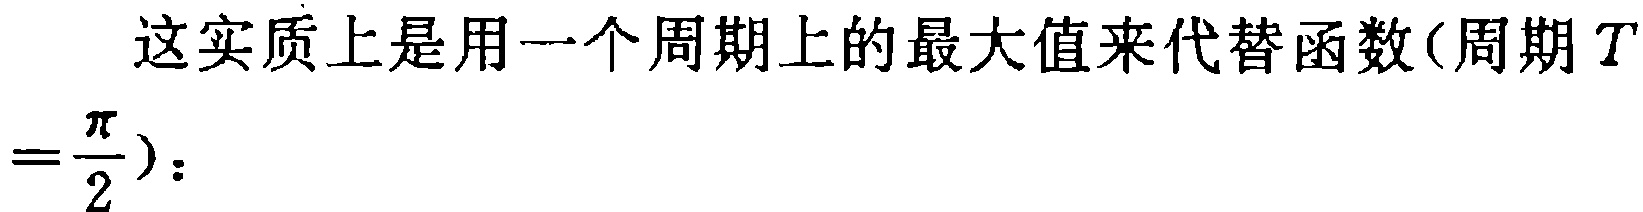
这实质上是用一个周期上的最大值来代替函数(周期\(T=\frac{\pi}{2}\))：